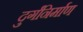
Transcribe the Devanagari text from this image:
दुर्गनिर्माण